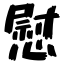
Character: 慰